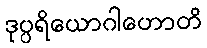
ဒုပ္ပရိယောဂါဟောတိ